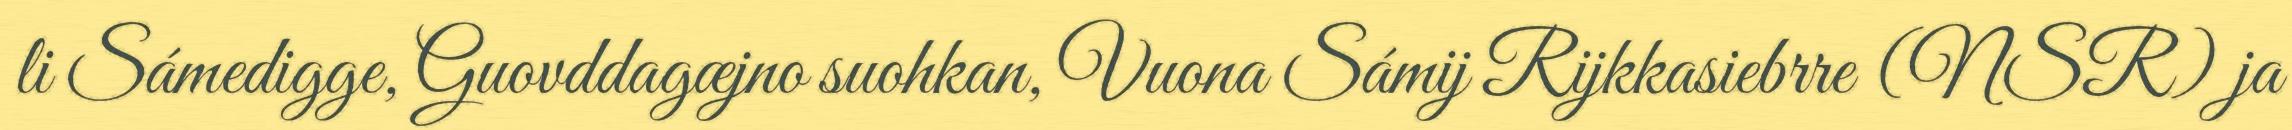
li Sámedigge, Guovddagæjno suohkan, Vuona Sámij Rijkkasiebrre (NSR) ja